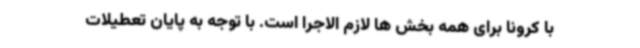
با کرونا برای همه بخش ها لازم الاجرا است. با توجه به پایان تعطیلات